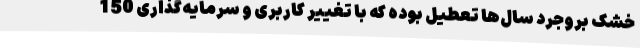
خشک بروجرد سال‌ها تعطیل بوده که با تغییر کاربری و سرمایه‌گذاری 150